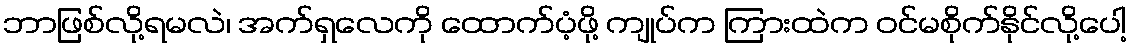
ဘာဖြစ်လို့ရမလဲ၊ အက်ရှလေကို ထောက်ပံ့ဖို့ ကျုပ်က ကြားထဲက ဝင်မစိုက်နိုင်လို့ပေါ့